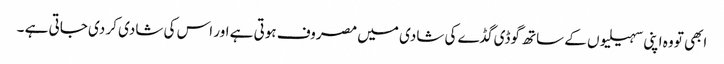
ابھی تو وہ اپنی سہیلیوں کے ساتھ گوڈی گڈے کی شادی میں مصروف ہوتی ہے اور اس کی شادی کر دی جاتی ہے ۔